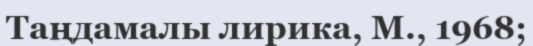
Таңдамалы лирика, М., 1968;